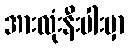
အားလုံးနီးပါးမှာ